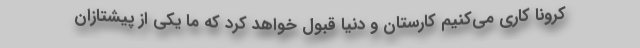
کرونا کاری می‌کنیم کارستان و دنیا قبول خواهد کرد که ما یکی از پیشتازان